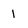
Character: l